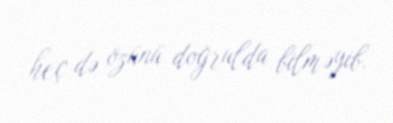
heç də özünü doğrulda bilməyib.